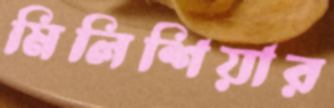
মিলিশিয়ার